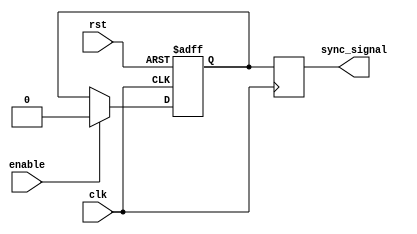
module timing_control_and_synchronization(
    input wire clk,
    input wire rst,
    input wire enable,
    output wire sync_signal
);

// Clock divider block
reg [7:0] counter;
reg clk_div;
always @(posedge clk) begin
    if (rst) begin
        counter <= 8'h00;
        clk_div <= 1'b0;
    end else begin
        if (counter == 8'hFF) begin
            counter <= 8'h00;
            clk_div <= ~clk_div;
        end else begin
            counter <= counter + 1;
        end
    end
end

// Reset generation logic
reg reset_signal;
always @(posedge clk or posedge rst) begin
    if (rst) begin
        reset_signal <= 1'b1;
    end else if (enable) begin
        reset_signal <= 1'b0;
    end
end

// Synchronization logic
reg sync_reg;
always @(posedge clk) begin
    sync_reg <= reset_signal;
end

assign sync_signal = sync_reg;

endmodule